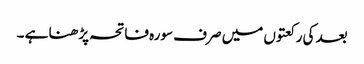
بعد کی رکعتوں میں صرف سورہ فاتحہ پڑھنا ہے ۔